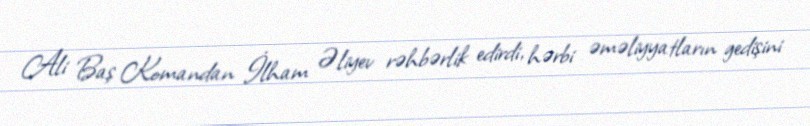
Ali Baş Komandan İlham Əliyev rəhbərlik edirdi, hərbi əməliyyatların gedişini